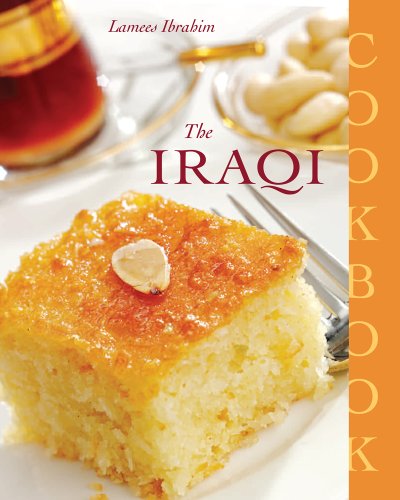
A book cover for The Iraqi Cookbook; Lamees Ibrahim; Cookbooks, Food & Wine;